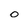
Character: 0